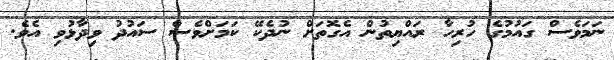
ނަމަވެސް ގައުމުގެ ހުރިހާ ރައްޔިތުން އެގޮތަށް ނުދެކޭ ކަމަށްވެސް ސައުދު ވިދާޅުވި އެވެ.